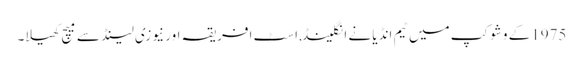
1975کے وشوکپ میں ٹیم انڈیا نے انگلینڈ,اسٹ افریقہ اور نیوزی لینڈ سے میچ کھیلا۔